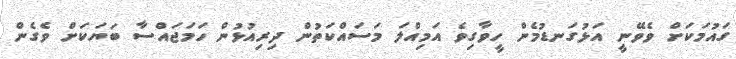
ގައުމަކަށް ވެވޭނީ އަޅުގަނޑުމެން ހީވާގިވެ އަމިއްލަ މަސައްކަތުން ދިރިއުޅުން ހަމަޖައްސާ ބަޔަކަށް ވެގެން